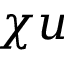
\chi u